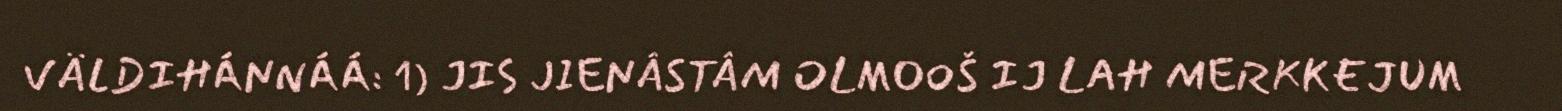
VÄLDIHÁNNÁÁ: 1) JIS JIENÂSTÂM OLMOOŠ IJ LAH MERKKEJUM